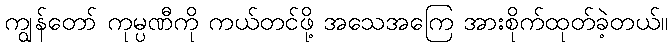
ကျွန်တော် ကုမ္ပဏီကို ကယ်တင်ဖို့ အသေအကြေ အားစိုက်ထုတ်ခဲ့တယ်။